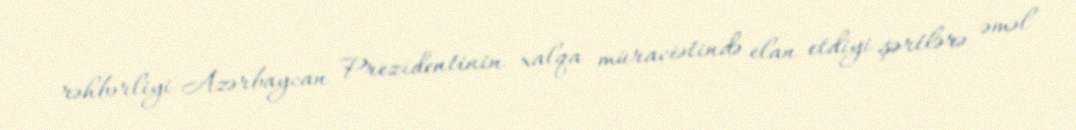
rəhbərliyi Azərbaycan Prezidentinin xalqa müraciətində elan etdiyi şərtlərə əməl